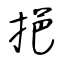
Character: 挹